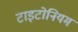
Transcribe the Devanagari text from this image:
टाइटोनियम